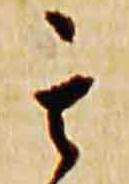
其